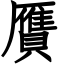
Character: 贋